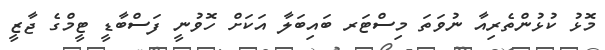
މޮޅު ކުޅުންތެރިއާ ނުވަތަ މިސްޓަރ ބައިބަލާ އަކަށް ހޮވުނީ ފަސްބާޑީ ޓީމްގެ ޖާޒީ